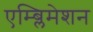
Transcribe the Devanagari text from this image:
एम्ब्लिमेशन